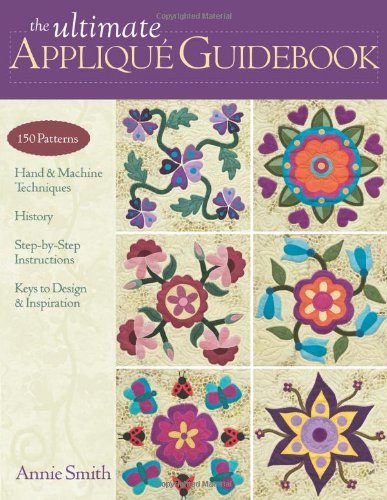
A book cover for The Ultimate Applique Guidebook: 150 Patterns, Hand & Machine Techniques, History, Step-by-Step Instructions, Keys to Design & Inspiration; Annie Smith; Crafts, Hobbies & Home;